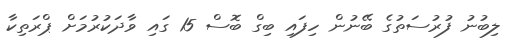
ލިބުނު ފުރުސަތުގެ ބޭނުން ހިފައި ބިގް ބޮސް 15 ގައި ވާދަކުރުމަށް ޕްރަތިކާ